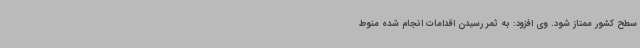
سطح کشور ممتاز شود. وی افزود: به ثمر رسیدن اقدامات انجام شده منوط